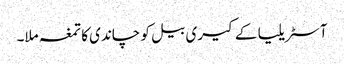
آسٹریلیا کے کیری بیل کو چاندی کا تمغہ ملا۔